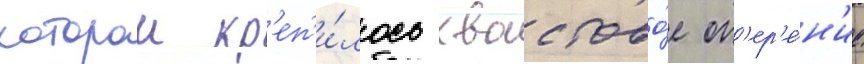
которои кр'еп'и́лось хвостово́е оп'ер'е́н'ие